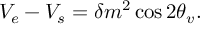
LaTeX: V _ { e } - V _ { s } = \delta m ^ { 2 } \cos { 2 \theta _ { v } } .